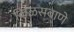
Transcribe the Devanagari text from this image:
किळसवाणे